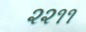
૨૨૧૧